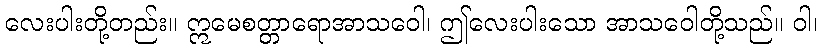
လေးပါးတို့တည်း။ ဣမေစတ္တာရောအာသဝေါ၊ ဤလေးပါးသော အာသဝေါတို့သည်။ ဝါ၊